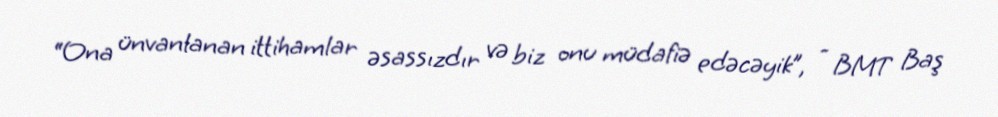
“Ona ünvanlanan ittihamlar əsassızdır və biz onu müdafiə edəcəyik”, - BMT Baş